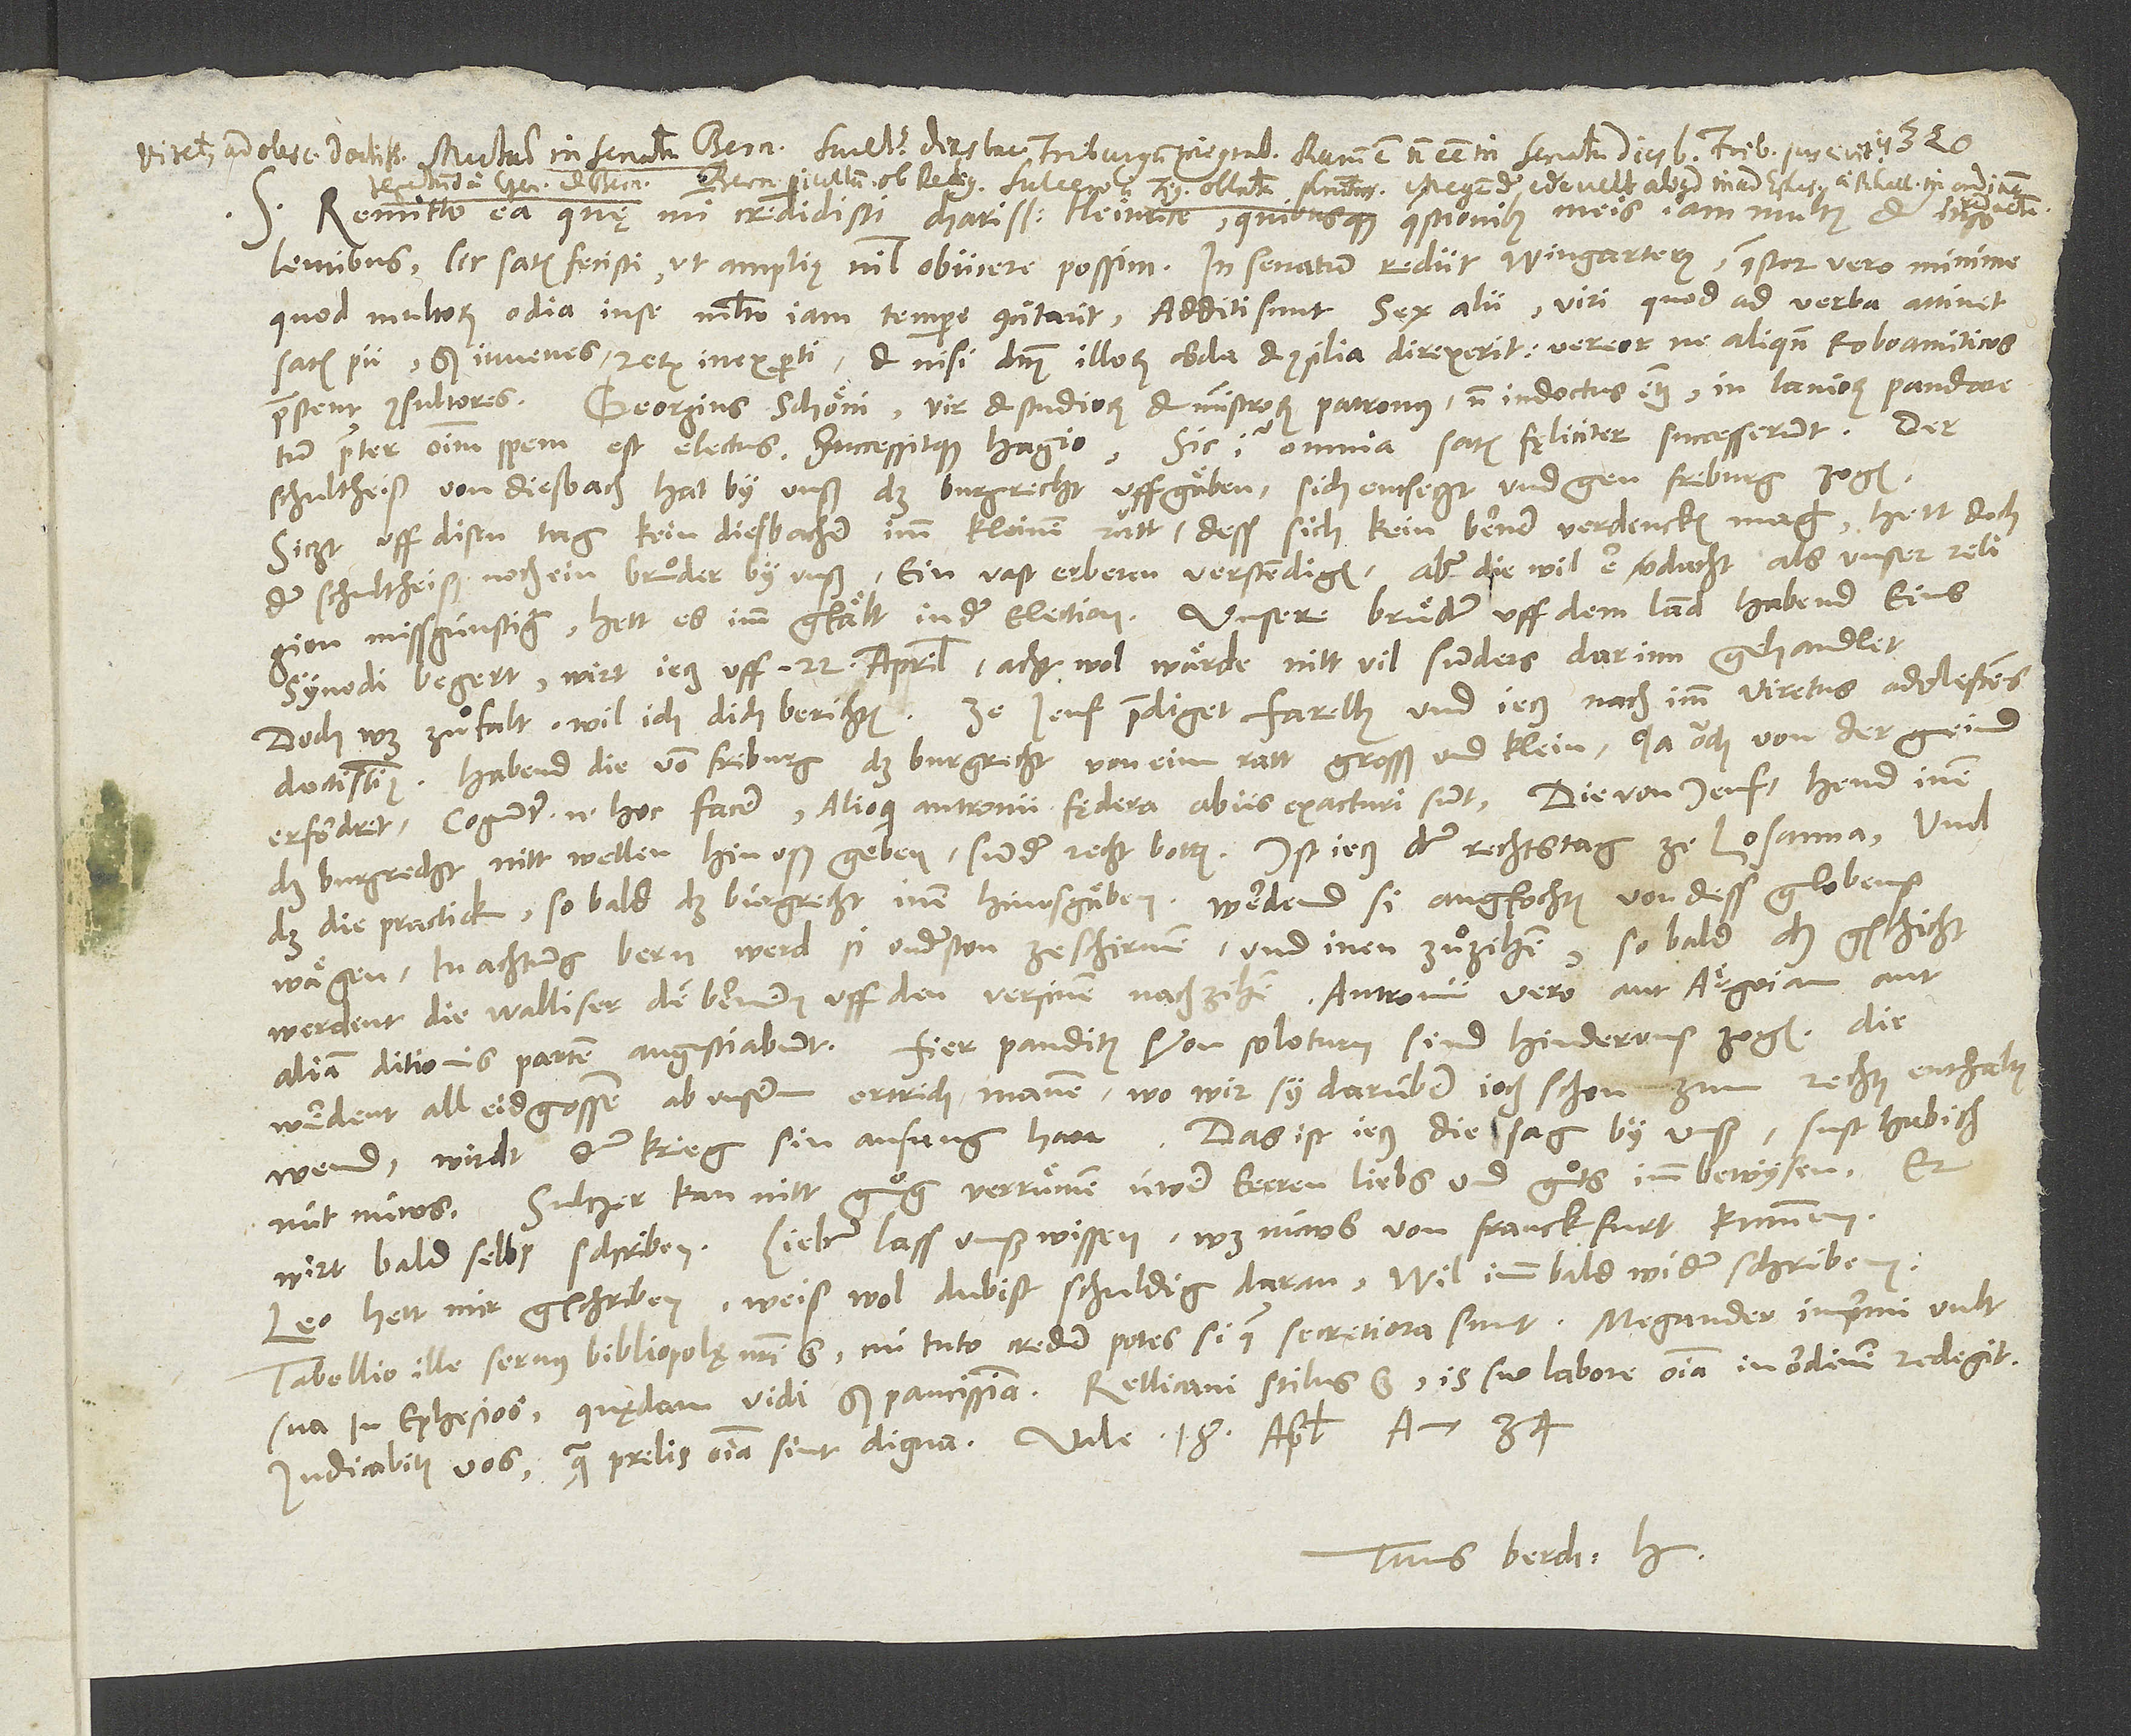
S. Remitto ea, quę mihi credidisti, charissime Heinrice, quibusque quaestionibus meis iam multis et insolentibus
quod multorum odia in se multo iam tempore concitarit . Additi sunt sex alii, viri, quod ad verba attinet,
satis pii, sed iuvenes rerum inexperti, et nisi dominus illorum corda et consilia direxerit, vereor, ne aliquando Roboamiticos
Georgius Schöni vir et studiorum et ministrorum, patronus, non indoctus etiam, in laniorum pandaretum
praestent consultores.
praeter omnium spem est electus successitque Hagio. Sic igitur omnia satis fęliciter successerunt. Der
schultheiß von Diesbach hat by unß das burgrecht uffgäben, sich entsetzt und gen Friburg zogen;
sitzt uff disen tag kein Diesbacher imm kleinen ratt, dess sich kein Berner verdencken mag, hett doch
der schultheiß noch ein bruͦder by unß, ein vast erberen, verstendigen; aber diewil er verdacht als unser religion
missgünstig, hett es imm gfält in der election. Unsere bruͤder uff dem land habend eins
synodi begert; wirt jetz uff 22. aprilis. Acht wol, wärde nitt vil sunders darinn gehandlet;
doctissimus. Habend die von Friburg das burgrecht von eim ratt grosß und klein, ja ouch von der gmeind
das burgrecht nitt wellen hinuß geben, sunder recht botten; ist jetz der rechtstag ze Losanna. Und
das die practick: sobald das burgrecht inen hinusgäben, werdend si angfochten von dess globens
wägen, in achtung Bern werd si understan ze schirmen und inen zuͦzihen. Sobald das gschicht,
werdent die Walliser den Bernern uff den versinen nachzihen, Antronii vero aut Argoiam aut
werdent all eidgnossen ab unserm ertrich manen; wo wir sy darüber joch schon zum rechten enthalten
wend, wird der krieg sin anfang han. Das ist jetz die sag by unß. Sust hab ich
Sultzer kan nitt gnuͦg verruͤmen üwer eerren, liebs und guͦts, imm bewysen; er
wirt bald selbs schriben. Lieber, lass unß wissen, was nüws von Franckfurt kummen.
Leo hett mir gschriben. Weiß wol, du bist schuldig daran. Wil imm bald wider schriben.
Tabellio ille servus bibliopolę nostri est, cui tuto credere potes, si quae secretiora sunt. Megander inprimi vult
sua in Ephesios. Quaedam vidi, sed paucissima. Rellicani stilus est, is suo labore omnia in ordinem redegit
Tuus Berch. H.